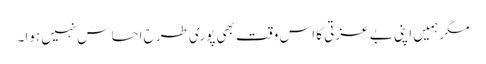
مگر ہمیں اپنی بے عزتی کا اس وقت بھی پوری طرح احساس نہیں ہوا۔